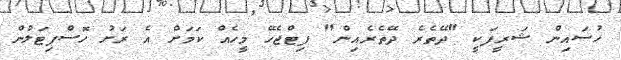
ހުސައިން ޝަރީފަކީ "ދޭތެރެ ދޭތެރެއިން" ފިޓްޖެހޭ މީހެއް ކަމަށް އެ ރަށު ހޮސްޕިޓަލުން